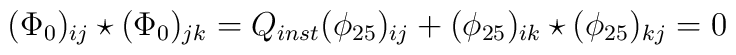
(\Phi_0)_{ij}\star(\Phi_0)_{jk}=Q_{inst}(\phi_{25})_{ij}+(\phi_{25})_{ik}\star(\phi_{25})_{kj}=0 \